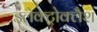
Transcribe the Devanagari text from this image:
इलेक्ट्रोक्लैश